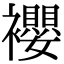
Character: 䙬